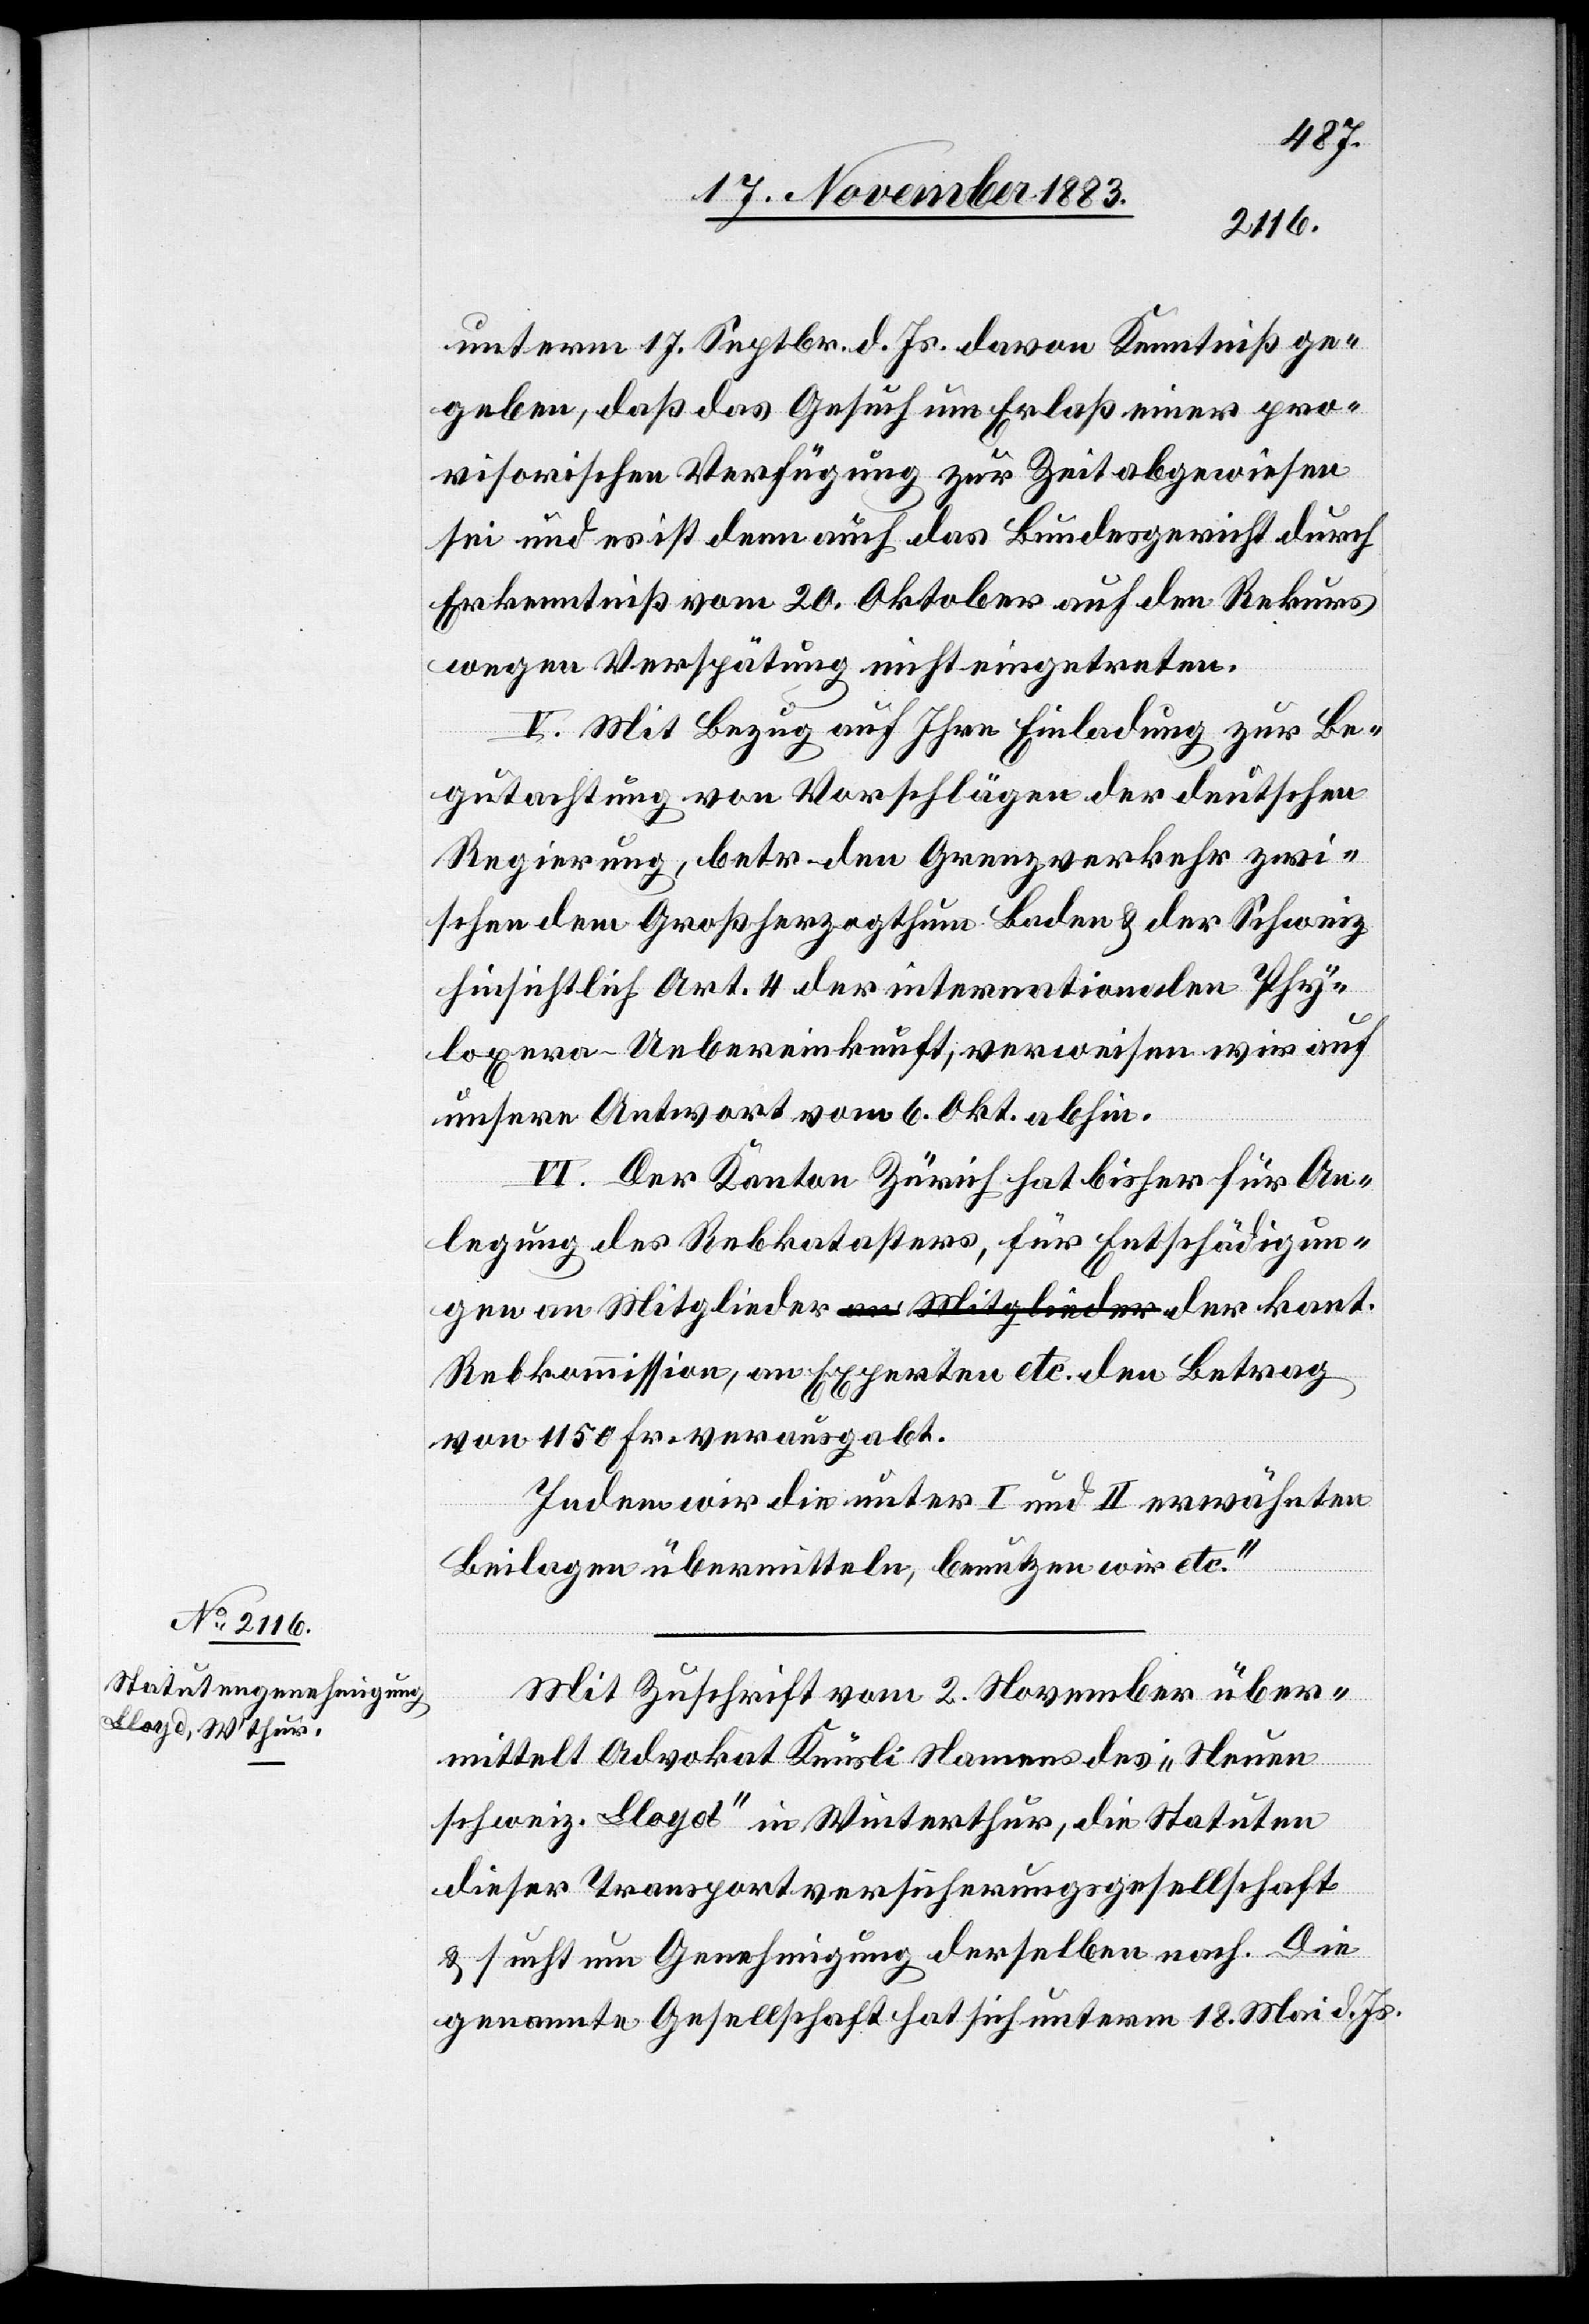
Mit Zuschrift vom 2. November über¬
mittelt Advokat Knüsli Namens des „Neuen
schweiz. Lloyd“ in Winterthur, die Statuten
dieser Transportversicherungsgesellschaft
& sucht um Genehmigung derselben nach. Die
genannte Gesellschaft hat sich unterm 18. Mai d. Js.